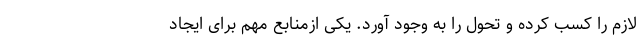
لازم را کسب کرده و تحول را به وجود آورد. یکی ازمنابع مهم برای ایجاد